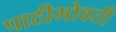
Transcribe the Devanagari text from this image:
पाठीभोवती